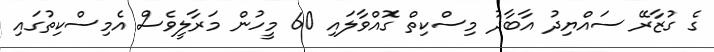
ގެ ގުޒާރޭ ސައްޔިދު އާބާދު މިސްކިތް ގޮއްވާލައި 60 މީހުން މަރާލީވެސް އެމިސްކިތުގައި